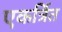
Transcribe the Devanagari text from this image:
एकर्त्रित